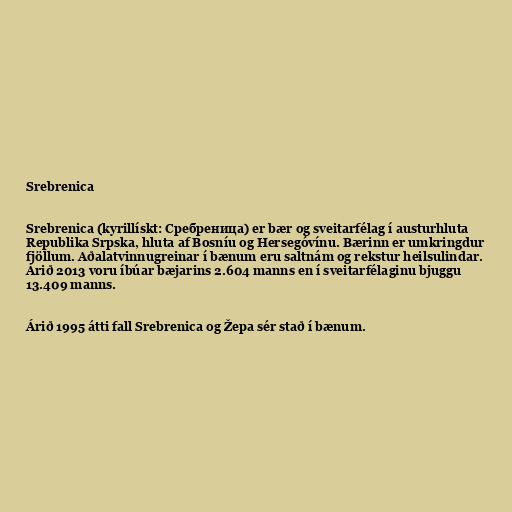
Srebrenica

Srebrenica (kyrillískt: Сребреница) er bær og sveitarfélag í austurhluta
Republika Srpska, hluta af Bosníu og Hersegóvínu. Bærinn er umkringdur
fjöllum. Aðalatvinnugreinar í bænum eru saltnám og rekstur heilsulindar.
Árið 2013 voru íbúar bæjarins 2.604 manns en í sveitarfélaginu bjuggu
13.409 manns.

Árið 1995 átti fall Srebrenica og Žepa sér stað í bænum.